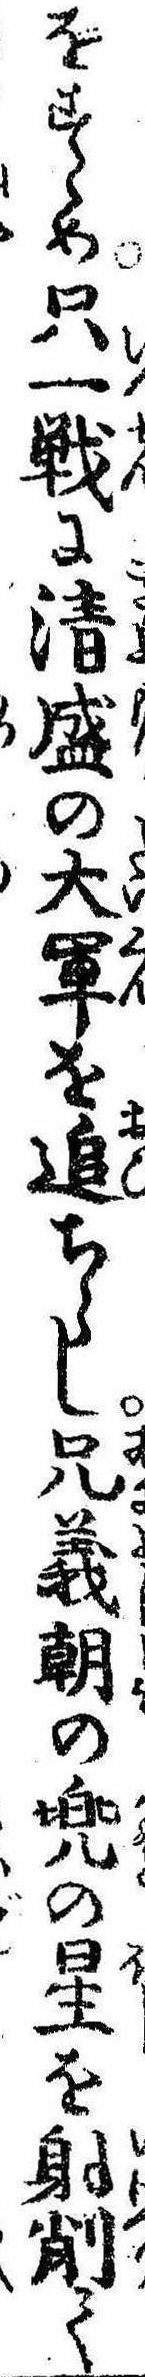
をすゝめ只一戦に清盛の大軍を追ちらし兄義朝の兜の星を射削て